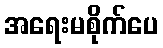
အရေးမစိုက်ပေ